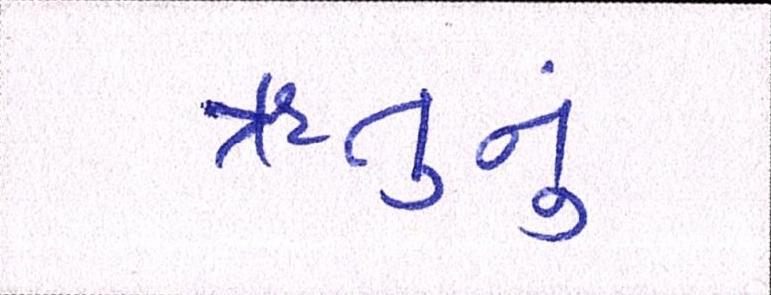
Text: ઋતુનું